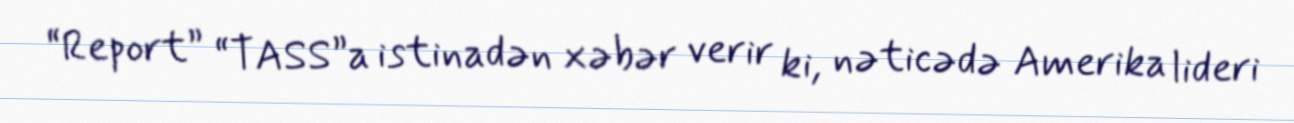
“Report” “TASS”a istinadən xəbər verir ki, nəticədə Amerika lideri